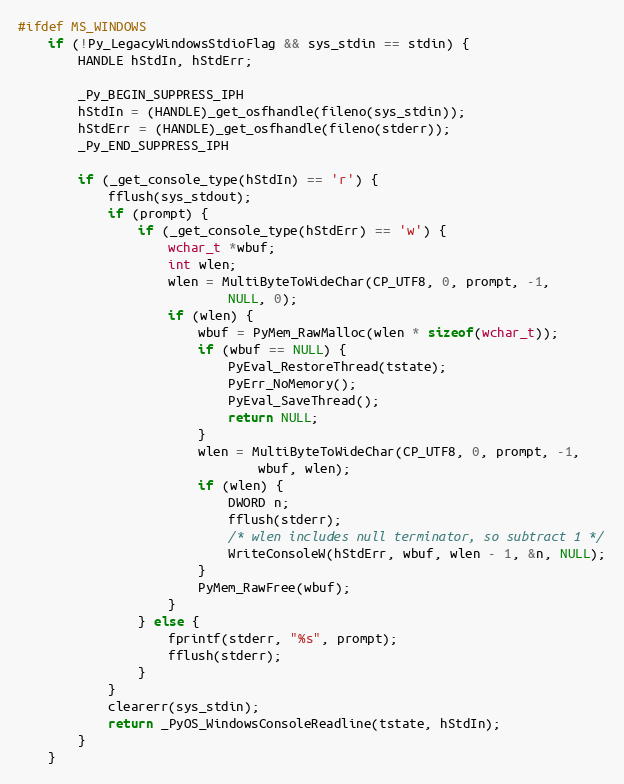
Language: C
#ifdef MS_WINDOWS
    if (!Py_LegacyWindowsStdioFlag && sys_stdin == stdin) {
        HANDLE hStdIn, hStdErr;

        _Py_BEGIN_SUPPRESS_IPH
        hStdIn = (HANDLE)_get_osfhandle(fileno(sys_stdin));
        hStdErr = (HANDLE)_get_osfhandle(fileno(stderr));
        _Py_END_SUPPRESS_IPH

        if (_get_console_type(hStdIn) == 'r') {
            fflush(sys_stdout);
            if (prompt) {
                if (_get_console_type(hStdErr) == 'w') {
                    wchar_t *wbuf;
                    int wlen;
                    wlen = MultiByteToWideChar(CP_UTF8, 0, prompt, -1,
                            NULL, 0);
                    if (wlen) {
                        wbuf = PyMem_RawMalloc(wlen * sizeof(wchar_t));
                        if (wbuf == NULL) {
                            PyEval_RestoreThread(tstate);
                            PyErr_NoMemory();
                            PyEval_SaveThread();
                            return NULL;
                        }
                        wlen = MultiByteToWideChar(CP_UTF8, 0, prompt, -1,
                                wbuf, wlen);
                        if (wlen) {
                            DWORD n;
                            fflush(stderr);
                            /* wlen includes null terminator, so subtract 1 */
                            WriteConsoleW(hStdErr, wbuf, wlen - 1, &n, NULL);
                        }
                        PyMem_RawFree(wbuf);
                    }
                } else {
                    fprintf(stderr, "%s", prompt);
                    fflush(stderr);
                }
            }
            clearerr(sys_stdin);
            return _PyOS_WindowsConsoleReadline(tstate, hStdIn);
        }
    }